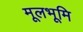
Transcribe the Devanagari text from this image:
मूलभूमि